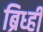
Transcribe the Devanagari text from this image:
ब्रिध्ही